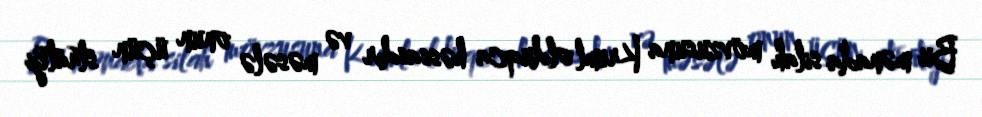
Bu mənada silah mövzusuna Kreml olduqca həssasdır və məsələ onun üçün strateji